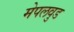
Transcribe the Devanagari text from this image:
मेपलवुड